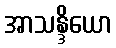
အာသန္ဒိယော